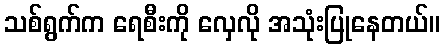
သစ်ရွက်က ရေစီးကို လှေလို အသုံးပြုနေတယ်။